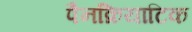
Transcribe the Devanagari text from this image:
पैनक्रियाटिक